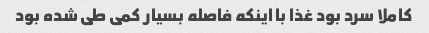
کاملا سرد بود غذا با اینکه فاصله بسیار کمی طی شده بود